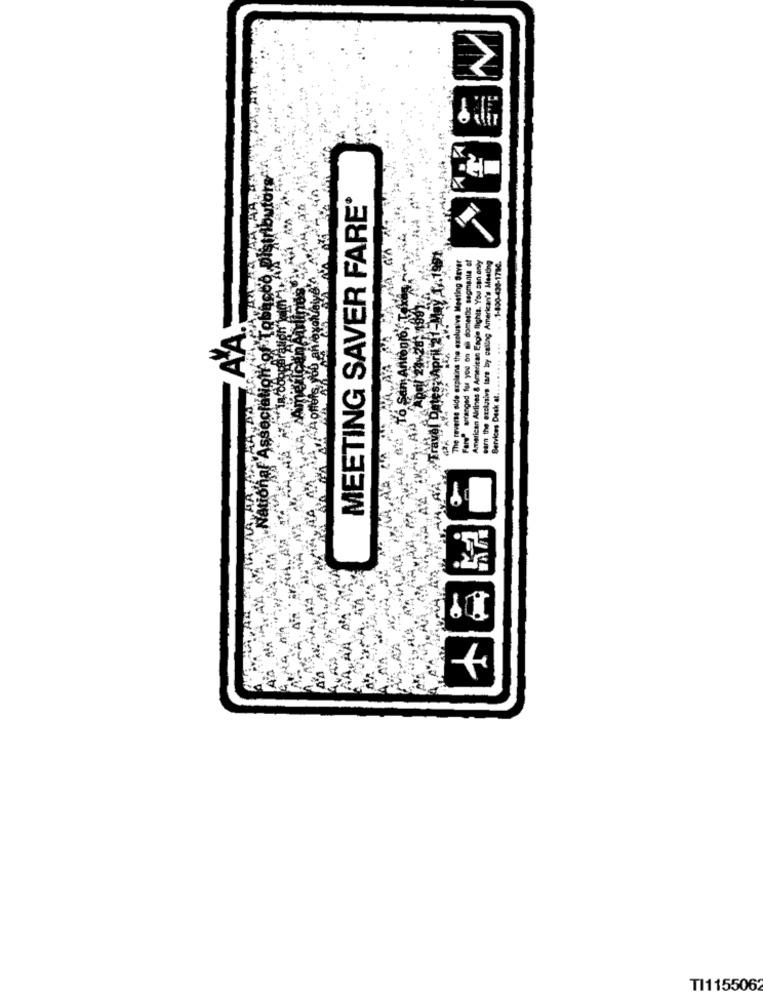
N
total
MEETING SAVER FARE*
agmania et
an Eagle Ilichis. You can only
esting Saver
a Meeting
.1-800-438-1790.
Amerik
exclusive
AA
earn the exclusive
Services Deck a
America
Farve
.Natiof
AN
TI1155062